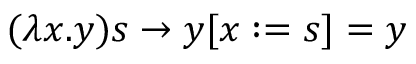
( \lambda x . y ) s \to y [ x : = s ] = y